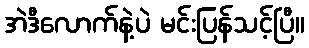
အဲဒီလောက်နဲ့ပဲ မင်းပြန်သင့်ပြီ။